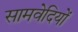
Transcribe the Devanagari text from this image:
सामवेदियों